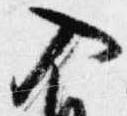
入